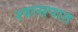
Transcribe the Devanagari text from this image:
श्वासपात